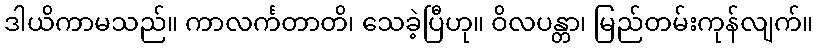
ဒါယိကာမသည်။ ကာလင်္ကတာတိ၊ သေခဲ့ပြီဟု။ ဝိလပန္တာ၊ မြည်တမ်းကုန်လျက်။